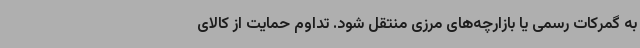
به گمرکات رسمی یا بازارچه‌های مرزی منتقل شود. تداوم حمایت از کالای